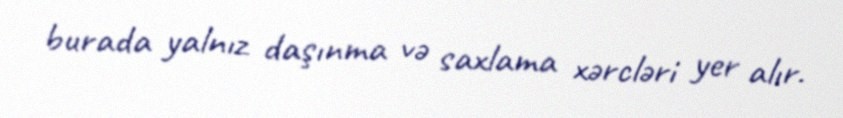
burada yalnız daşınma və saxlama xərcləri yer alır.